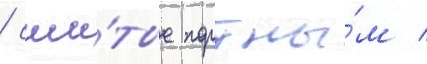
/ сши́тые портны́м /